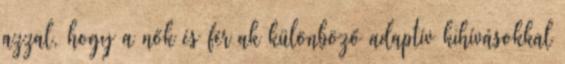
azzal, hogy a nők és férﬁak különböző adaptív kihívásokkal